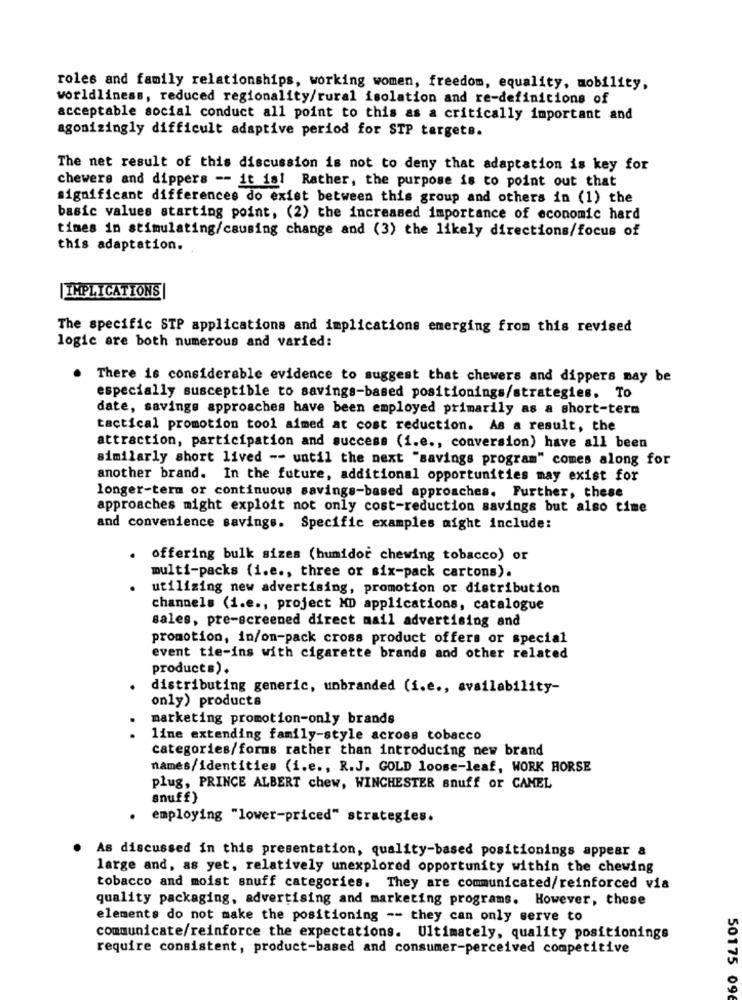
roles and family relationships, working women, freedom, equality, mobility,
worldliness, reduced regionality/rural isolation and re-definitions of
acceptable social conduct all point to this as a critically important and
agonizingly difficult adaptive period for STP targets.
The net result of this discussion is not to deny that adaptation is key for
chewers and dippers -- it is! Rather, the purpose is to point out that
significant differences do exist between this group and others in (1) the
basic values starting point, (2) the increased importance of economic hard
times in stimulating/causing change and (3) the likely directions/focus of
this adaptation.
|IMPLICATIONS|
The specific STP applications and implications emerging from this revised
logic are both numerous and varied:
There is considerable evidence to suggest that chewers and dippers may be
especially susceptible to savings-based positionings/strategies. To
date, savings approaches have been employed primarily as a short-term
tactical promotion tool aimed at cost reduction. As a result, the
attraction, participation and success (i.e ., conversion) have all been
similarly short lived -- until the next "savings program" comes along for
another brand. In the future, additional opportunities may exist for
longer-term or continuous savings-based approaches. Further, these
approaches might exploit not only cost-reduction savings but also time
and convenience savings. Specific examples might include:
. offering bulk sizes (humidor chewing tobacco) or
multi-packs (i.e ., three or six-pack cartons).
utilizing new advertising, promotion or distribution
channels (i.e ., project MD applications, catalogue
sales, pre-screened direct mail advertising and
promotion, in/on-pack cross product offers or special
event tie-ins with cigarette brands and other related
products).
distributing generic, unbranded (i.e ., availability-
only) products
marketing promotion-only brands
.
line extending family-style across tobacco
categories/forms rather than introducing new brand
names/identities (i.e ., R.J. GOLD loose-leaf, WORK HORSE
plug, PRINCE ALBERT chew, WINCHESTER snuff or CANEL
snuff)
. employing "lower-priced" strategies.
As discussed in this presentation, quality-based positionings appear a
large and, as yet, relatively unexplored opportunity within the chewing
tobacco and moist snuff categories. They are communicated/reinforced via
quality packaging, advertising and marketing programs. However, these
elements do not make the positioning -- they can only serve to
communicate/reinforce the expectations. Ultimately, quality positionings
require consistent, product-based and consumer-perceived competitive
50175 096